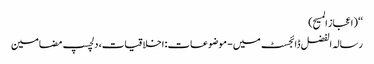
‘‘ (اعجاز المسیح)
رسالہ الفضل ڈائجسٹ میں - موضوعات: اخلاقیات، دلچسپ مضامین